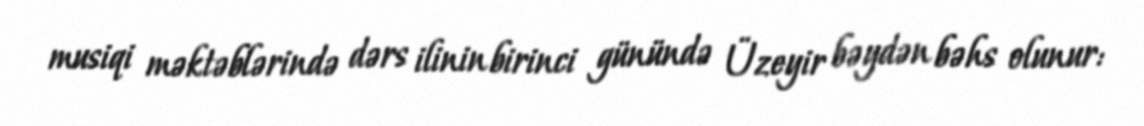
musiqi məktəblərində dərs ilinin birinci günündə Üzeyir bəydən bəhs olunur: